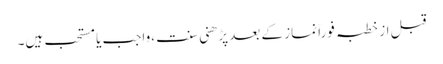
قبل از خطبہ فوراً نماز کے بعد پڑھنی سنت ،واجب یا مستحب ہیں۔